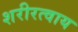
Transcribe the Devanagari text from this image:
शरीरत्वाय